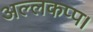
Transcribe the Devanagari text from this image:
अल्लकप्प।